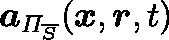
\boldsymbol { a } _ { \mathit { \Pi } _ { \overline { { S } } } } ( \boldsymbol { x } , \boldsymbol { r } , t )